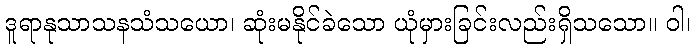
ဒူရာနုသာသနသံသယော၊ ဆုံးမနိုင်ခဲသော ယုံမှားခြင်းလည်းရှိသသော။ ဝါ၊